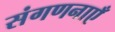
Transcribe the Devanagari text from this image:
संगणनाएँ